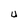
Character: U